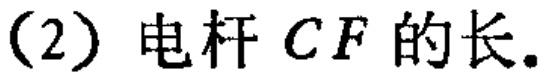
(2) 电杆 \(CF\) 的长.